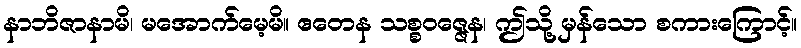
နာဘိဇာနာမိ၊ မအောက်မေ့မိ။ ဧတေန သစ္စဝဇ္ဇေန၊ ဤသို့ မှန်သော စကားကြောင့်။